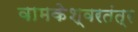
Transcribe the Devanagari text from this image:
वामकेश्वरतंत्र